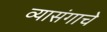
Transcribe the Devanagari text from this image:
व्यासंगाचे